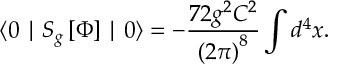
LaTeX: \langle 0 \mid S _ { g } \left[ \Phi \right] \mid 0 \rangle = - \frac { 7 2 g ^ { 2 } C ^ { 2 } } { \left( 2 \pi \right) ^ { 8 } } \int d ^ { 4 } x .